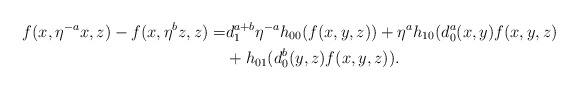
\begin{align*}f(x,\eta^{-a}x, z) -f(x, \eta^b z, z)=& d^{a+b}_1 \eta^{-a} h_{00}(f(x,y,z)) + \eta^{a}h_{10}(d^a_0(x,y)f(x,y,z)\\ &+ h_{01}(d^b_{0}(y,z)f(x,y,z)).\end{align*}